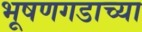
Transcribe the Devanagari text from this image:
भूषणगडाच्या